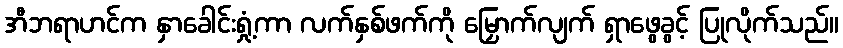
အီဘရာဟင်က နှာခေါင်းရှုံ့ကာ လက်နှစ်ဖက်ကို မြှောက်လျက် ရှာဖွေခွင့် ပြုလိုက်သည်။